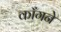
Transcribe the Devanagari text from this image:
काँगने